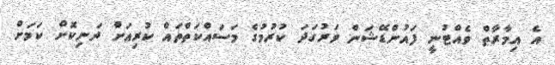
އެ އިމާރާތް ވެއްޓުނީ ފައުންޑޭޝަން ވަރުގަދަ ކުރުމުގެ މަސައްކަތްތައް ކުރިއަށް ދަނިކޮށް ކަމަށް